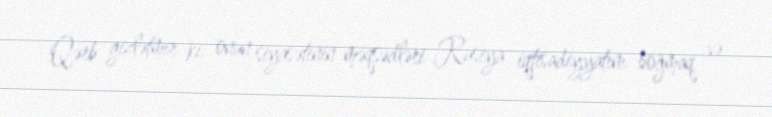
Qərb gizlətmir ki, onun siyasətinin məqsədləri Rusiya iqtisadiyyatını boğmaq və